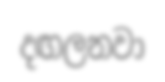
දඟලනවා